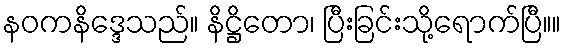
နဝကနိဒ္ဒေသည်။ နိဋ္ဌိတော၊ ပြီးခြင်းသို့ရောက်ပြီ။။